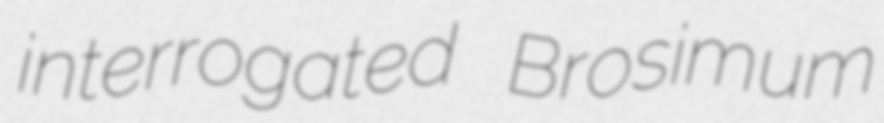
interrogated Brosimum